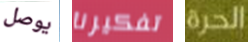
يوصل تفكيرنا الحرة